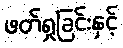
ဖတ်ရှုခြင်းနှင့်